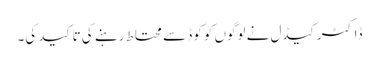
ڈاکٹر کیڈل نے لوگوں کو کوڈ سے محتاط رہنے کی تاکید کی۔